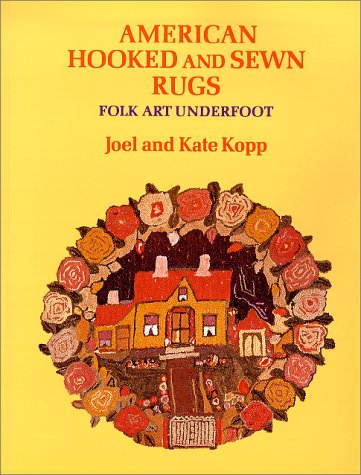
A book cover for American Hooked and Sewn Rugs: Folk Art Underfoot; Joel Kopp; Crafts, Hobbies & Home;